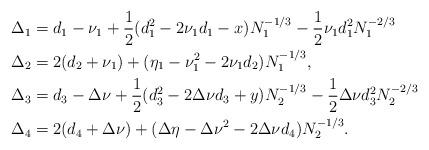
LaTeX: \begin{align*} \Delta_1&=d_1-\nu_1+\frac12(d_1^2-2\nu_1 d_1-x)N_1^{-1/3}-\frac 12\nu_1d_1^2N_1^{-2/3}\\\Delta_2&=2(d_2+\nu_1)+(\eta_1-\nu_1^2-2\nu_1d_2)N_1^{-1/3},\\\Delta_3&=d_3-\Delta\nu+\frac12(d_3^2-2\Delta\nu d_3+y)N_2^{-1/3}-\frac 12\Delta\nu d_3^2N_2^{-2/3}\\\Delta_4&=2(d_4+\Delta\nu)+(\Delta\eta-\Delta\nu^2-2\Delta\nu d_4)N_2^{-1/3}.\end{align*}